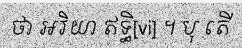
ថា អរិយា ឥទ្ធិ[vi] ។ បុ តើ